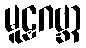
မူဠှဂဗ္ဘာ